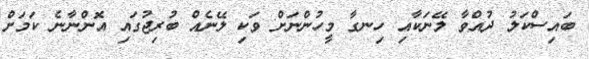
ބައިސްކަލު ދުއްވާ ލޭނަކާއި ހިނގާ މީހުންނަށް ވަކި ލޭނެއް ބުރިޖުގައި އޮންނާނެ ކަަމަށް